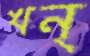
খন্